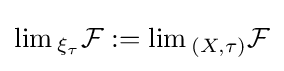
\lim {}_{\xi _{\tau }}{\mathcal {F}}:=\lim {}_{(X,\tau )}{\mathcal {F}}